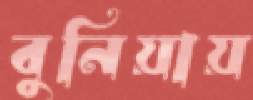
বুনিয়ায়